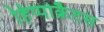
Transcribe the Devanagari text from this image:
हिप्पोक्रैटस